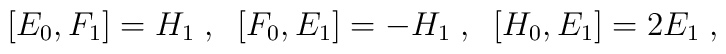
[E_{0},F_{1}] = H_{1}\;,\; \; [F_{0},E_{1}]  =  -H_{1}\;,\; \;  [H_{0},E_{1}]=  2E_{1}\;,